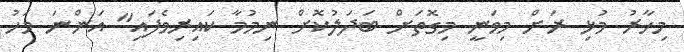
މިހާރު މުޅި ރަށް މިވަނީ މިގޮތަށް ބަދަލުކޮށް ނިމުމާ ކައިރިވެފައި" އަންނަ މަހު